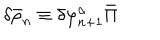
\delta \bar { \rho } _ { n } \equiv \delta \varphi _ { n + 1 } ^ { \alpha } \bar { \Pi }